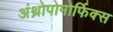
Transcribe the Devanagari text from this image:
अंथ्रोपोमोर्फिक्स